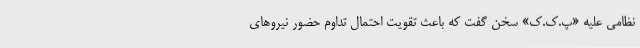
نظامی علیه «پ.ک.ک» سخن گفت که باعث تقویت احتمال تداوم حضور نیروهای